Indian journal of veterinary science and animal husbandry - Volume 11,
Year: 1941
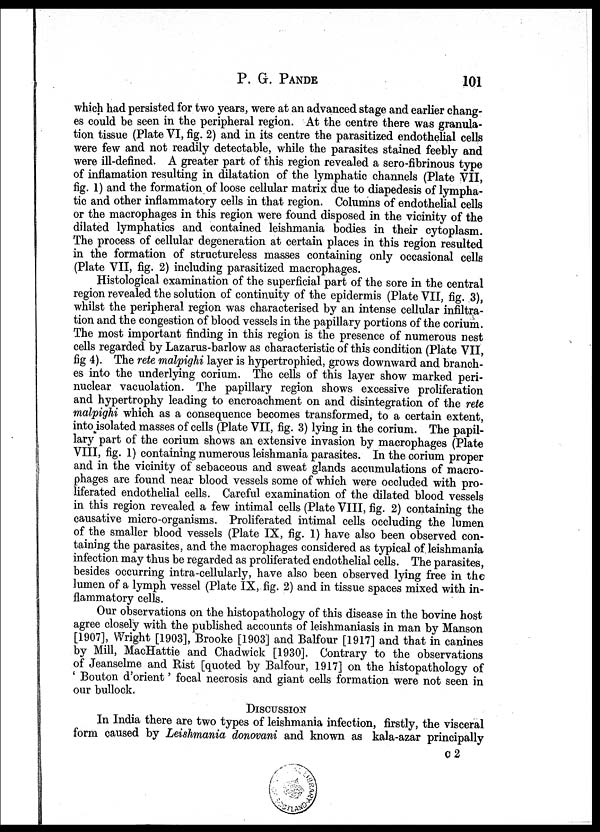
P. G.
PANDE
101
which had persisted for two years, were at an advanced stage and earlier chang-
es could be seen in the peripheral region. At the centre there was granula-
tion tissue (Plate VI, fig. 2) and in its centre the parasitized endothelial cells
were few and not readily detectable, while the parasites stained feebly and
were ill-defined. A greater part of this region revealed a sero-fibrinous type
of inflamation resulting in dilatation of the lymphatic channels (Plate VII,
fig. 1) and the formation of loose cellular matrix due to diapedesis of lympha-
tic and other inflammatory cells in that region. Columns of endothelial cells
or the macrophages in this region were found disposed in the vicinity of the
dilated lymphatics and contained leishmania bodies in their cytoplasm.
The process of cellular degeneration at certain places in this region resulted
in the formation of structureless masses containing only occasional cells
(Plate VII, fig. 2) including parasitized macrophages.
Histological examination of the superficial part of the sore in the central
region revealed the solution of continuity of the epidermis (Plate VII, fig. 3),
whilst the peripheral region was characterised by an intense cellular infiltra-
tion and the congestion of blood vessels in the papillary portions of the corium.
The most important finding in this region is the presence of numerous nest
cells regarded by Lazarus-barlow as characteristic of this condition (Plate VII,
fig 4). The rete malpighi layer is hypertrophied, grows downward and branch-
es into the underlying corium. The cells of this layer show marked peri-
nuclear vacuolation. The papillary region shows excessive proliferation
and hypertrophy leading to encroachment on and disintegration of the rete
malpighi which as a consequence becomes transformed, to a certain extent,
into isolated masses of cells (Plate VII, fig. 3) lying in the corium. The papil-
lary part of the corium shows an extensive invasion by macrophages (Plate
VIII, fig. 1) containing numerous leishmania parasites. In the corium proper
and in the vicinity of sebaceous and sweat glands accumulations of macro-
phages are found near blood vessels some of which were occluded with pro-
liferated endothelial cells. Careful examination of the dilated blood vessels
in this region revealed a few intimal cells (Plate VIII, fig. 2) containing the
causative micro-organisms. Proliferated intimal cells occluding the lumen
of the smaller blood vessels (Plate IX, fig. 1) have also been observed con-
taining the parasites, and the macrophages considered as typical of leishmania
infection may thus be regarded as proliferated endothelial cells. The parasites,
besides occurring intra-cellularly, have also been observed lying free in the
lumen of a lymph vessel (Plate IX, fig. 2) and in tissue spaces mixed with in-
flammatory cells.
Our observations on the histopathology of this disease in the bovine host
agree closely with the published accounts of leishmaniasis in man by Manson
[1907], Wright [1903], Brooke [1903] and Balfour [1917] and that in canines
by Mill, MacHattie and Chadwick [1930]. Contrary to the observations
of Jeanselme and Rist [quoted by Balfour, 1917] on the histopathology of
' Bouton d'orient' focal necrosis and giant cells formation were not seen in
our bullock.
DISCUSSION
In India there are two types of leishmania infection, firstly, the visceral
form caused by Leishmania donovani and known as kala-azar principally
C2